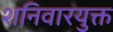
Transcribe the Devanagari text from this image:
शनिवारयुक्त